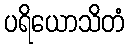
ပရိယောသိတံ